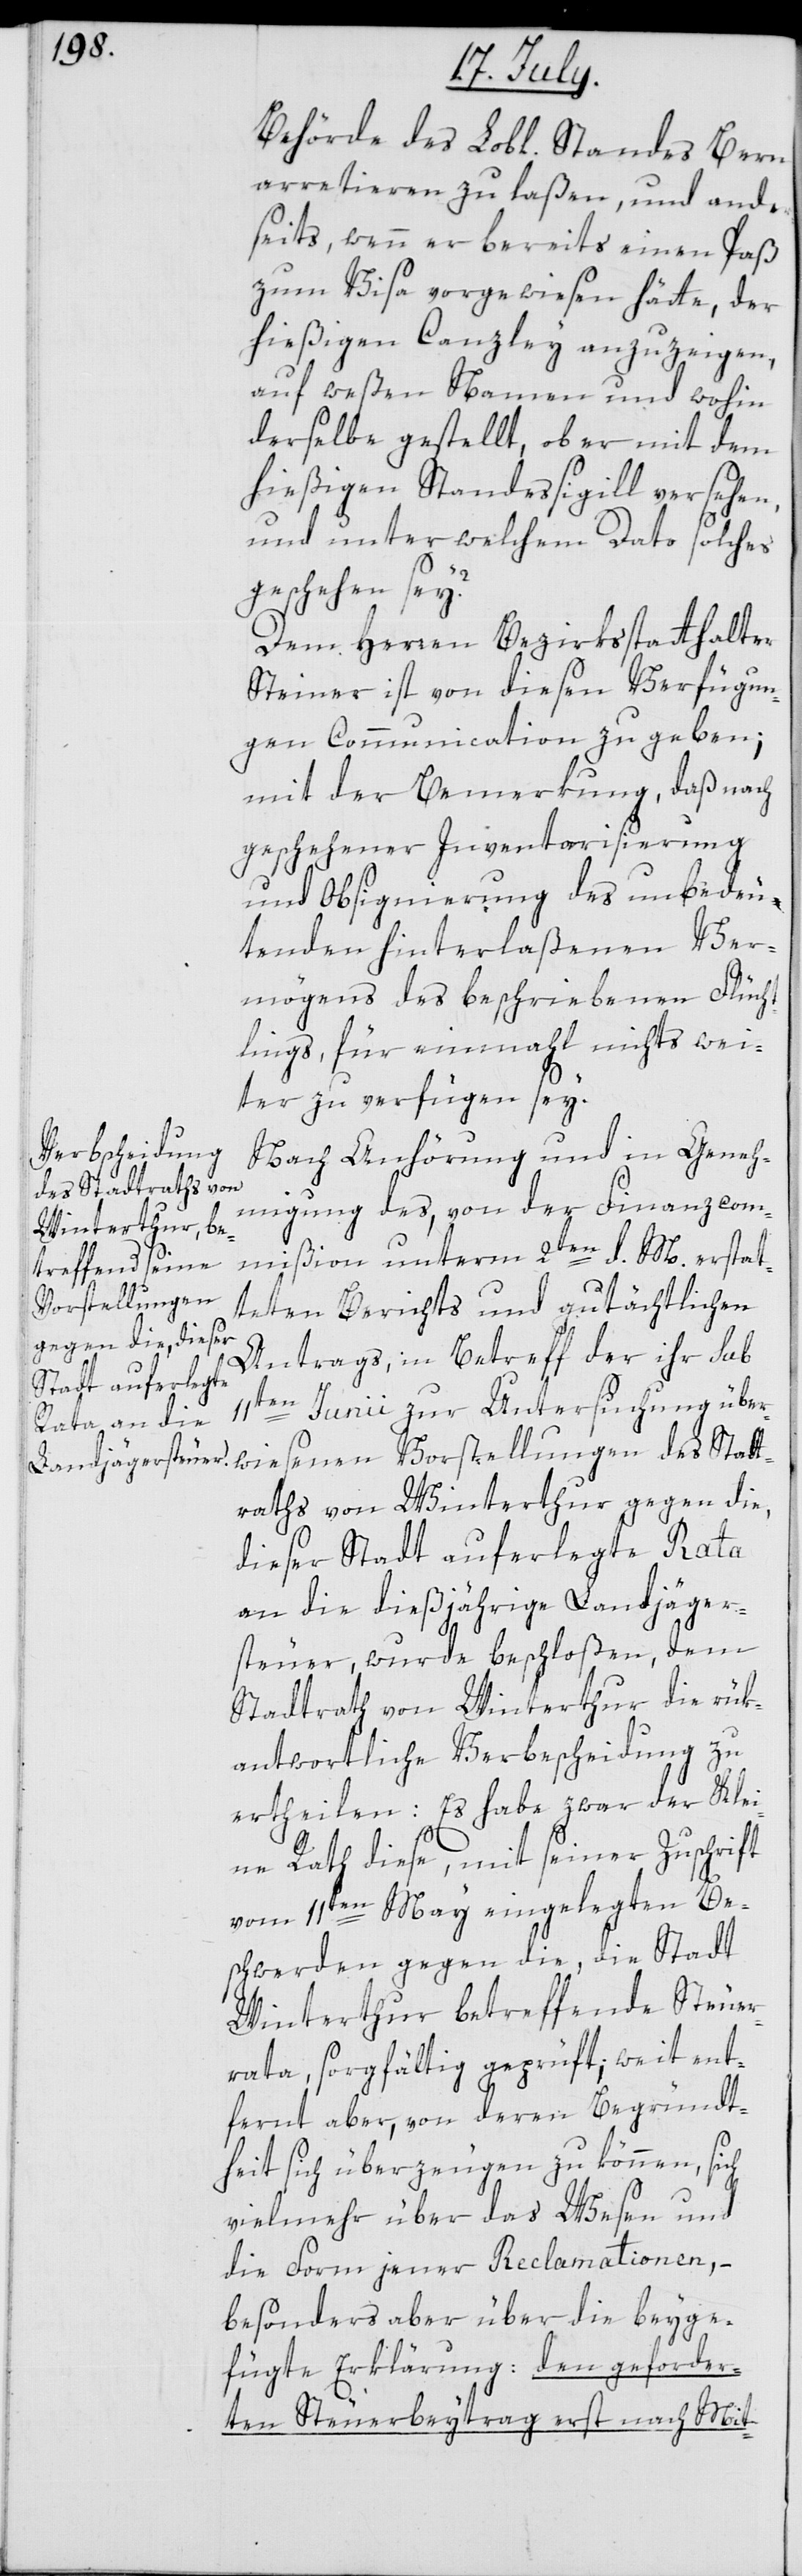
wiesenen
Behörde des Lobl. Standes Bern
arretieren zu laßen, und ander¬
seits, wenn er bereits einen Paß
zum Visa vorgewiesen hätte, der
hießigen Canzley anzuzeigen,
auf weßen Namen und wohin
derselbe gestellt, ob er mit dem
hießigen Standessigill versehen,
und unter welchem Dato solches
geschehen sey?
Dem Herren Bezirksstatthalter
Steiner ist von diesen Verfügun¬
gen Communication zu geben;
mit der Bemerkung, daß nach
geschehener Inventarisierung
und Obsignierung des unbedeu¬
tenden hinterlaßenen Ver¬
mögens des beschriebenen Flücht¬
lings, für einmahl nichts wei¬
ter zu verfügen sey.
Nach Anhörung und in Geneh¬
des Stadtraths von
migung des, von der Finanzcom¬
Winterthur
mißion unterm 2ten d. M erstat¬
Vorstellungen
teten Berichts und gutächtlichen
gegen die, dieser
Antrags, in Betreff der ihr sub
Stadt auferlegte
11ten Junii zur Untersuchung über¬
an die dießjährige Landjäger¬
steuer, wurde beschloßen, dem
Stadtrath von Winterthur die rük¬
antwortliche Verbescheidung zu
ertheilen: Es habe zwar der Klei¬
ne Rath diese, mit seiner Zuschrift
vom 11ten May eingelegten Be¬
schwerden gegen die, die Stadt
Winterthur betreffende Steuer¬
rata, sorgfältig geprüft; weit ent¬
fernt aber, von deren Begründt¬
heit sich überzeugen zu können, sich
vielmehr über das Wesen und
die Form jener Reclamationen, –
besonders aber über die beyge¬
fügte Erklärung: den geforder¬
ten Steuerbeytrag erst nach Mit-